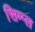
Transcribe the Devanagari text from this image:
सिम्प्ल